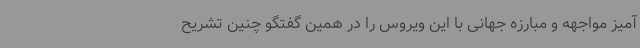
آمیز مواجهه و مبارزه جهانی با این ویروس را در همین گفتگو چنین تشریح